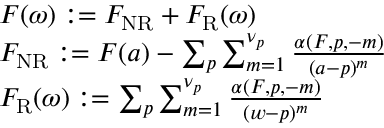
\begin{array} { r } { \begin{array} { r l } & { F ( \omega ) : = F _ { \mathrm { N R } } + F _ { \mathrm { R } } ( \omega ) } \\ & { F _ { \mathrm { N R } } : = F ( a ) - \sum _ { p } \sum _ { m = 1 } ^ { \nu _ { p } } \frac { \alpha ( F , p , - m ) } { ( a - p ) ^ { m } } } \\ & { F _ { \mathrm { R } } ( \omega ) : = \sum _ { p } \sum _ { m = 1 } ^ { \nu _ { p } } \frac { \alpha ( F , p , - m ) } { ( w - p ) ^ { m } } } \end{array} } \end{array}